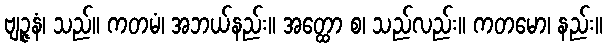
ဗျဉ္ဇနံ၊ သည်။ ကတမံ၊ အဘယ်နည်း။ အတ္ထော စ၊ သည်လည်း။ ကတမော၊ နည်း။